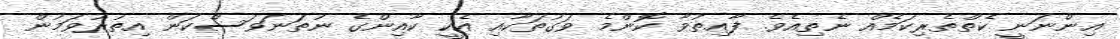
އިންނަނީ ކެތްތެރިކަމެއް ނެތިއެވެ. ފާއިތުވާ ކޮންމެ ވަގުތަކާއި އެކީ ކާއިންގެ ނުތަނަވަސްކަން އިތުރުވަމުން